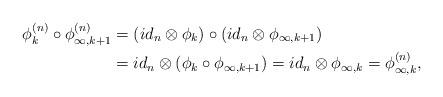
LaTeX: \begin{align*}\phi_k^{(n)} \circ \phi_{\infty, k+1}^{(n)} &= (id_n \otimes \phi_k) \circ (id_n \otimes \phi_{\infty,k+1} ) \\&= id_n \otimes ( \phi_k \circ \phi_{\infty, k+1} ) = id_n \otimes \phi_{\infty, k} = \phi_{\infty, k}^{(n)},\end{align*}